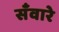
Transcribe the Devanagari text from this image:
सँवारे